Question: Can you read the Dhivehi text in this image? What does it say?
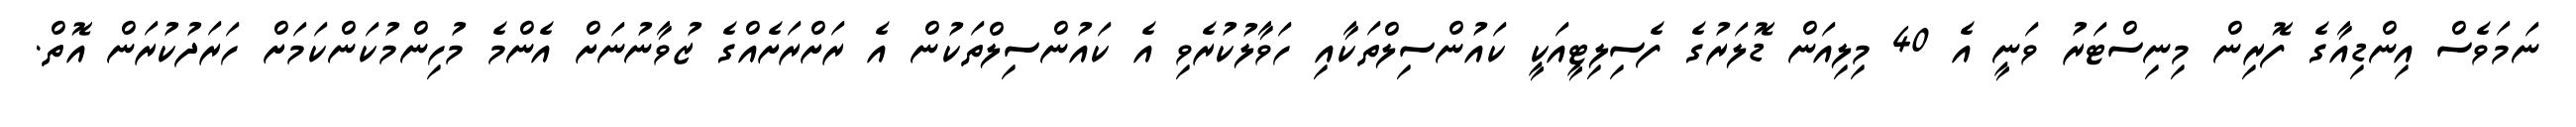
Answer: ނަމަވެސް އިންޑިއާގެ ފޮރިން މިނިސްޓަރު ވަނީ އެ 40 މިލިއަން ޑޮލަރުގެ ފެސިލިޓީއަކީ ކައުންސިލްތަކާއި ހަވާލުކުރެވި އެ ކައުންސިލްތަކުން އެ ރަށްރަށެއްގެ ޒުވާނުނަށް އެންމެ މުހިންމުކަންކަމަށް ހަރަދުކުރަން އޮތް.